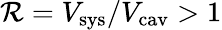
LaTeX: \mathcal{R}=V_{\mathrm{{sys}}}/V_{\mathrm{{cav}}}>1